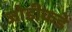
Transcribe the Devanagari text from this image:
जोडीकडे